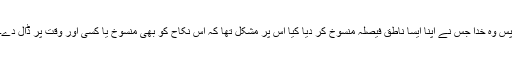
پس وہ خدا جس نے اپنا ایسا ناطق فیصلہ منسوخ کر دیا کیا اس پر مشکل تھا کہ اس نکاح کو بھی منسوخ یا کسی اور وقت پر ڈال دے۔